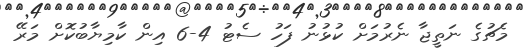
މެޗުގެ ނަތީޖާ ނެރުމަށް ކުޅުނު ފަހު ސެޓު 4-6 އިން ކާމިޔާބުކޮށް މަރޭ